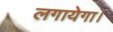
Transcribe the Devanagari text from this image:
लगायेगा।